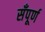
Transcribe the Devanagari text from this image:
सँपूर्ण